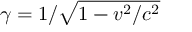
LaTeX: \gamma = 1 / { \sqrt { 1 - v ^ { 2 } / c ^ { 2 } } }